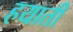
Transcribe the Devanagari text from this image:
हयाती